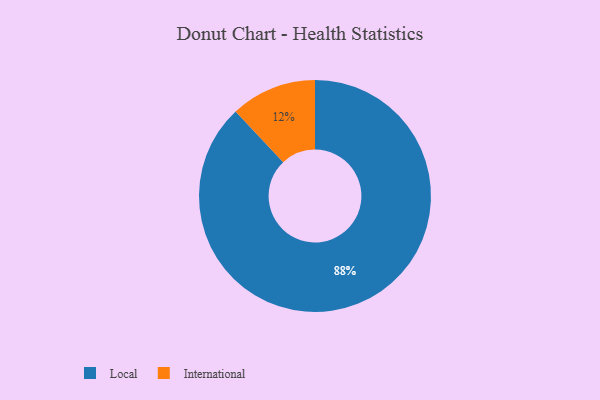
{"axis": {"x": "Category", "y": "Percentage"}, "legend": ["International", "Local"], "data": [{"x": "International", "y": 12, "type": "International"}, {"x": "Local", "y": 88, "type": "Local"}]}